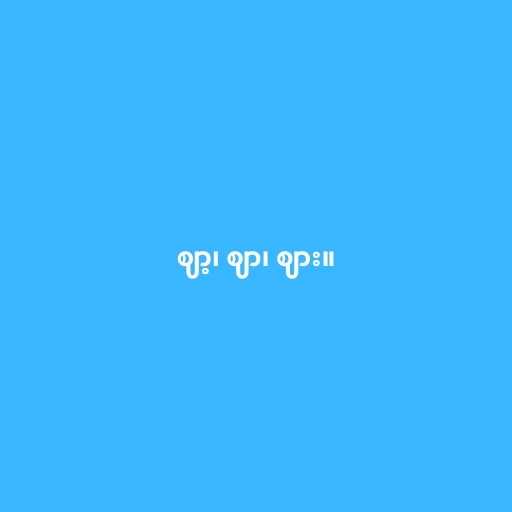
ဈာ့၊ ဈာ၊ ဈား။